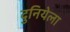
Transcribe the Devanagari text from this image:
दुनियेला